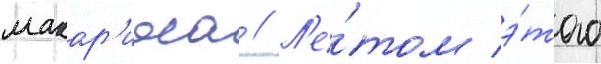
макар'иоса // Л'е́том э́того